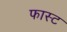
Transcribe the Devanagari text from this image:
फास्‍ट